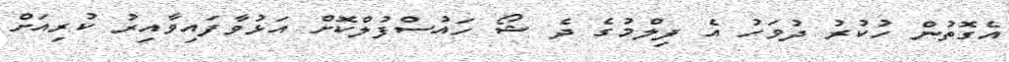
އެގޮތުން ހުކުރު ދުވަހު އެ ފިލްމުގެ ދެ ޝޯ ހައުސްފުލްކޮށް އަޅުވާފައިވާއިރު ކުރިއަށް